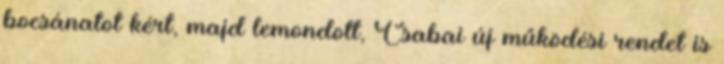
bocsánatot kért, majd lemondott, Csabai új működési rendet is